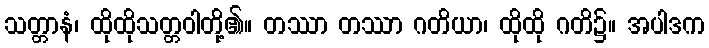
သတ္တာနံ၊ ထိုထိုသတ္တဝါတို့၏။ တဿာ တဿာ ဂတိယာ၊ ထိုထို ဂတိ၌။ အပါဒက